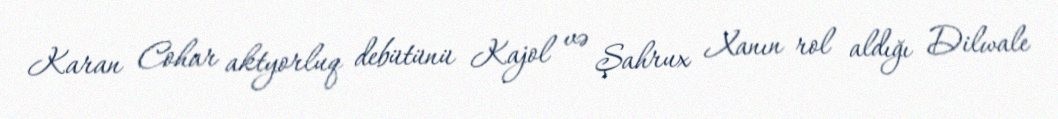
Karan Cohar aktyorluq debütünü Kajol və Şahrux Xanın rol aldığı Dilwale